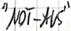
Text: "Not-Aus"